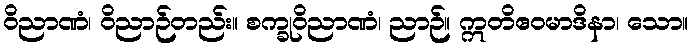
ဝိညာဏံ၊ ဝိညာဉ်တည်း။ စက္ခုဝိညာဏံ၊ ညာဉ်။ ဣတိဧဝမာဒိနာ၊ သော။